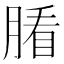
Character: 𦞖